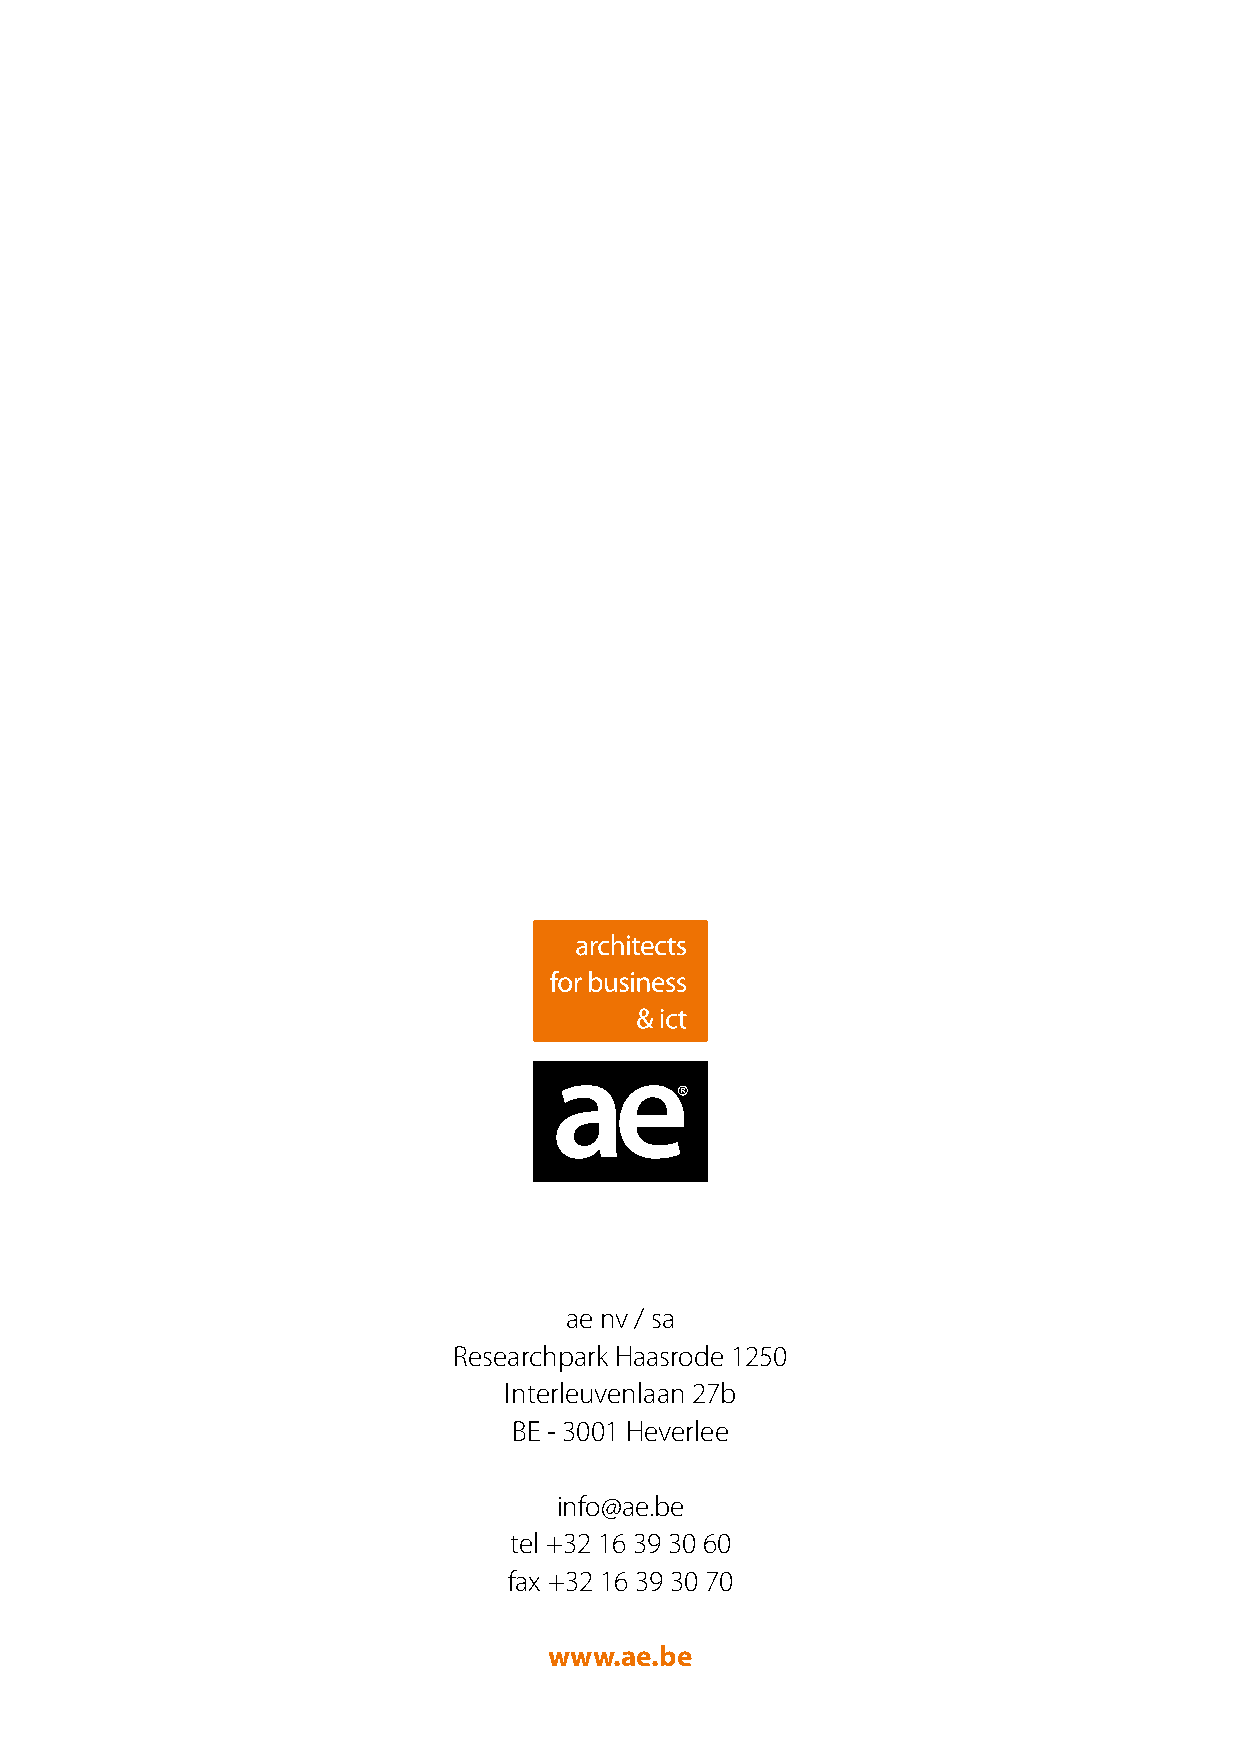
ae nv / sa
 Researchpark Haasrode 1250
 Interleuvenlaan 27b
 BE - 3001 Heverlee
 info@ae.be
 tel +32 16 39 30 60
 fax +32 16 39 30 70
 www.ae.be